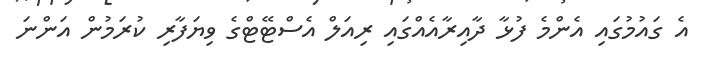
އެ ގައުމުގައި އެންމެ ފުޅާ ދާއިރާއެއްގައި ރިއަލް އެސްޓޭޓްގެ ވިޔަފާރި ކުރަމުން އަންނަ